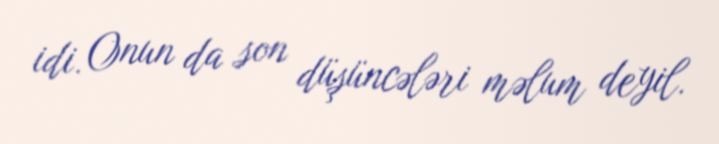
idi. Onun da son düşüncələri məlum deyil.